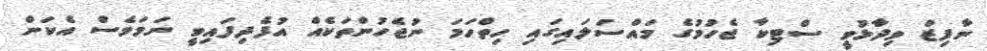
ނާފިޒް ވިދާޅުވީ ސްޓިކާ ޖެހުމުގެ މައްސަލައިގައި ހިތްހަމަ ނުޖެހުންތަކެއް އުފެދިފައިވީ ނަމަވެސް އެކަން